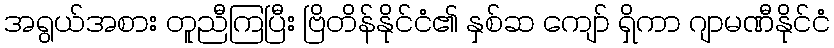
အရွယ်အစား တူညီကြပြီး ဗြိတိန်နိုင်ငံ၏ နှစ်ဆ ကျော် ရှိကာ ဂျာမဏီနိုင်ငံ